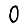
Digit: 0